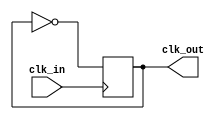
// See LICENSE.SiFive for license details.

/** This black-boxes a Clock Divider by 2.
  * The output clock is phase-aligned to the input clock.
  * If you use this in synthesis, make sure your sdc
  * declares that you want it to do the same.
  *
  * Because Chisel does not support
  * blocking assignments, it is impossible
  * to create a deterministic divided clock.
  *
  *  @param clk_out Divided Clock
  *  @param clk_in  Clock Input
  *
  */

module ClockDivider2 (output reg clk_out, input clk_in);

   initial clk_out = 1'b0;
   always @(posedge clk_in) begin
      clk_out = ~clk_out; // Must use =, NOT <=
   end

endmodule // ClockDivider2